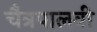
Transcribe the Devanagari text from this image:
चैत्रपालवी